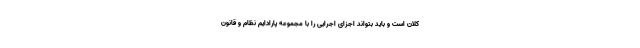
کلان است و باید بتواند اجزای اجرایی را با مجموعه پارادایم نظام و قانون